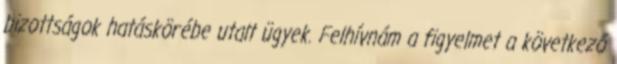
bizottságok hatáskörébe utalt ügyek. Felhívnám a figyelmet a következő